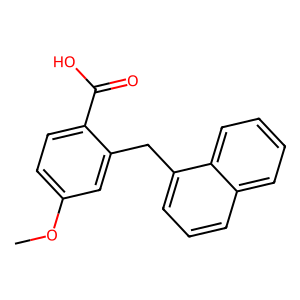
SMILES: COc1ccc(C(=O)O)c(Cc2cccc3ccccc23)c1
Inhibits HIV replication: No